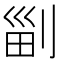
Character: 㓯